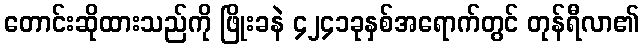
တောင်းဆိုထားသည်ကို ဖြိုးခနဲ ၄၂၄၁ခုနှစ်အရောက်တွင် တုန်ရီလာ၏